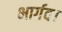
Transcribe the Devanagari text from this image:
भार्गव।